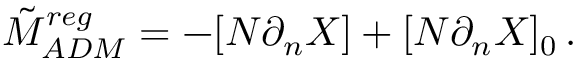
\tilde { M } _ { A D M } ^ { r e g } = - [ N \partial _ { n } X ] + [ N \partial _ { n } X ] _ { 0 } \, .